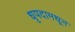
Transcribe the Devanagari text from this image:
धृपदामधून